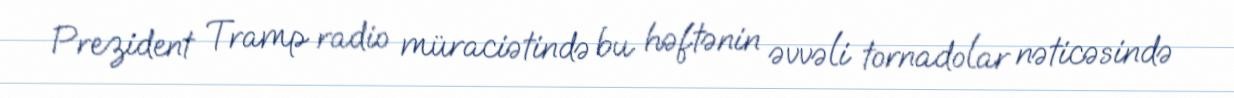
Prezident Tramp radio müraciətində bu həftənin əvvəli tornadolar nəticəsində